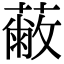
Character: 𦽗